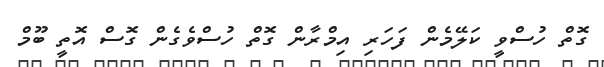
ގޮތް ހުސްވީ ކަލޭމެން ފަހަރި އިމްރާން ގޮތް ހުސްވެގެން ގޮސް އޮތީ ބޫމް